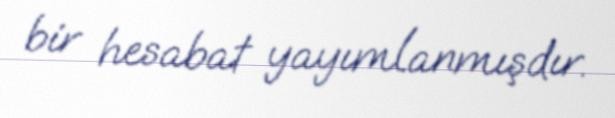
bir hesabat yayımlanmışdır.